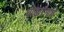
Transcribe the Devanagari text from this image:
घोडारंगाचे